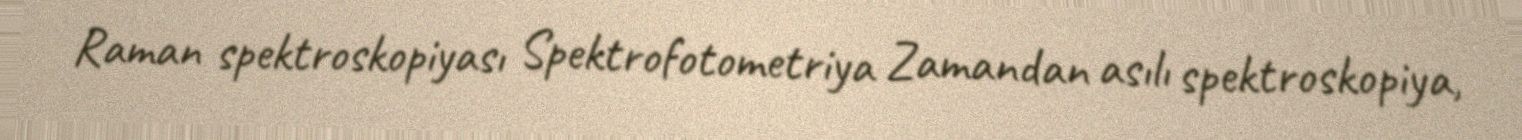
Raman spektroskopiyası Spektrofotometriya Zamandan asılı spektroskopiya,